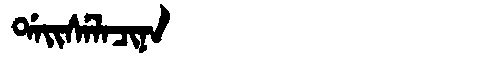
Manchu: ᡩᠠᡳᠰᡝᠯᠠᠴᡳᠨᠠ
Romanization: DAISELACINA